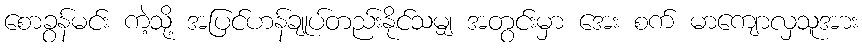
စောခွန်မင်း ကဲ့သို့ အပြင်ဟန်ချုပ်တည်းနိုင်သမျှ အတွင်းမှာ အေး စက် မာကျောလှသူအား